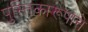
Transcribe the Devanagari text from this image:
पुस्तिकारूपाने